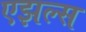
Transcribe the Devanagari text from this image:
एझल्स